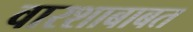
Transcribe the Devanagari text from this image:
वारशाबाबत